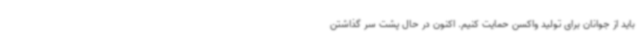
باید از جوانان برای تولید واکسن حمایت کنیم. اکنون در حال پشت سر گذاشتن